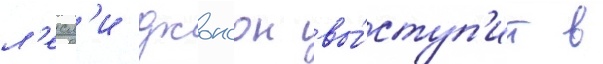
л'есл'и джонсон вы́ступ'ит в